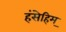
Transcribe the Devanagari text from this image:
हंसेहिम्‌